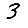
Digit: 3